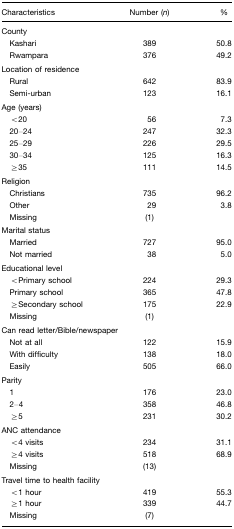
| Characteristics | Number (n) | % |
 | --- | --- | --- |
 | <COLSPAN=3> County |
 | Kashari | 389 | 50.8 |
 | Rwampara | 376 | 49.2 |
 | <COLSPAN=3> Location of residence |
 | Rural | 642 | 83.9 |
 | Semi-urban | 123 | 16.1 |
 | <COLSPAN=3> Age (years) |
 | <20 | 56 | 7.3 |
 | 20–24 | 247 | 32.3 |
 | 25–29 | 226 | 29.5 |
 | 30–34 | 125 | 16.3 |
 | ≥35 | 111 | 14.5 |
 | <COLSPAN=3> Religion |
 | Christians | 735 | 96.2 |
 | Other | 29 | 3.8 |
 | Missing | (1) |  |
 | <COLSPAN=3> Marital status |
 | Married | 727 | 95.0 |
 | Not married | 38 | 5.0 |
 | <COLSPAN=3> Educational level |
 | <Primary school | 224 | 29.3 |
 | Primary school | 365 | 47.8 |
 | ≥Secondary school | 175 | 22.9 |
 | Missing | (1) |  |
 | <COLSPAN=3> Can read letter/Bible/newspaper |
 | Not at all | 122 | 15.9 |
 | With difficulty | 138 | 18.0 |
 | Easily | 505 | 66.0 |
 | <COLSPAN=3> Parity |
 | 1 | 176 | 23.0 |
 | 2–4 | 358 | 46.8 |
 | ≥5 | 231 | 30.2 |
 | <COLSPAN=3> ANC attendance |
 | <4 visits | 234 | 31.1 |
 | ≥4 visits | 518 | 68.9 |
 | Missing | (13) |  |
 | <COLSPAN=3> Travel time to health facility |
 | <1 hour | 419 | 55.3 |
 | ≥1 hour | 339 | 44.7 |
 | Missing | (7) |  |